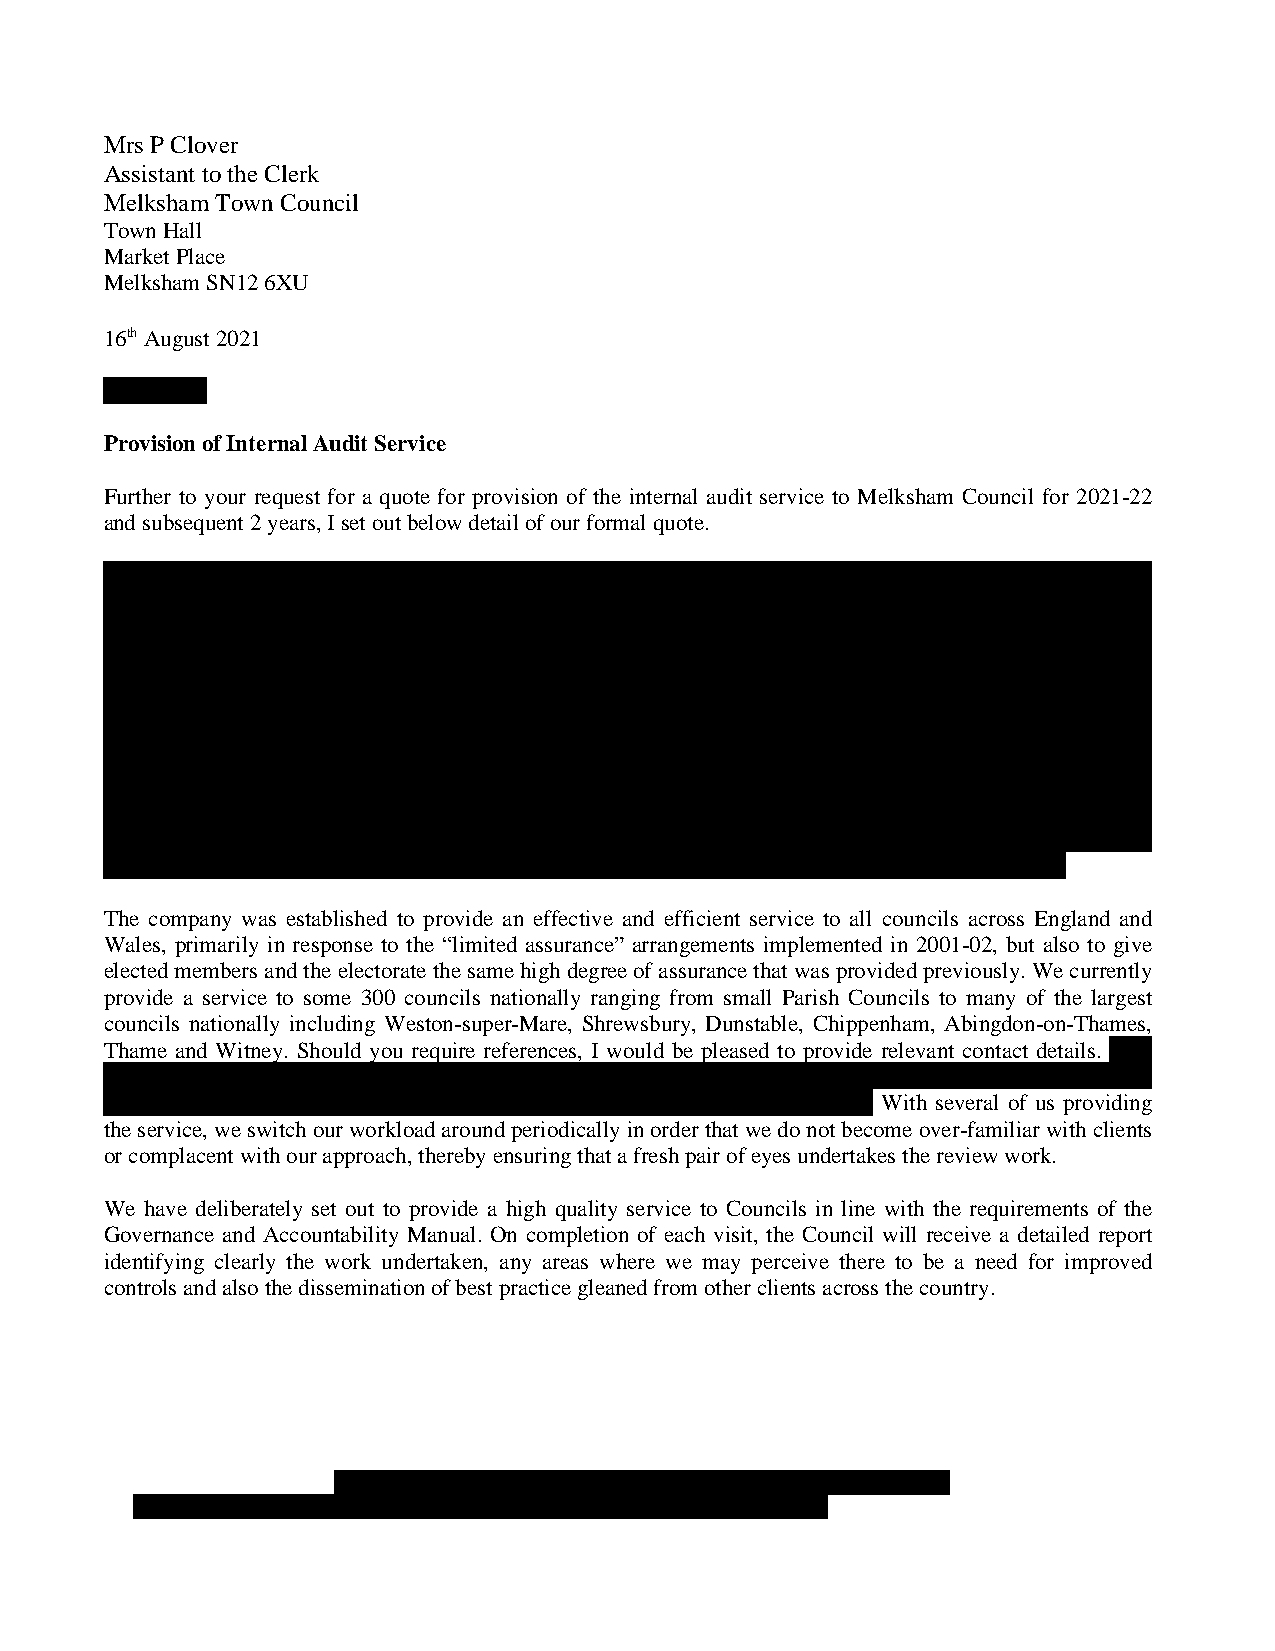
Mrs P Clover
 Assistant to the Clerk
 Melksham Town Council
 Town Hall
 Market Place
 Melksham SN12 6XU
 16th August 2021
 Dear Linda
 Provision of Internal Audit Service
 Further to your request for a quote for provision of the internal audit service to Melksham Council for 2021-22
 and subsequent 2 years, I set out below detail of our formal quote.
 By way of background information for your members, I am the owner of this company, which was established to
 meet the requirements of the revised audit arrangements. I have some 50 years’ experience in the audit of public
 sector bodies, the first 22 being spent on the external audit of National Health Service clients, apart from a three-
 year break as Chief Internal Auditor of the Hong Kong Urban Council in the mid-1970s. Following the NHS
 reforms in 1990, I worked for the District Audit Service as an Audit Manager with responsibility for both Local
 Government District Councils and NHS bodies in Wiltshire, including management responsibility for all the
 county’s parish and town councils prior to my leaving and establishing this company in 2002. I also employ a
 number of contractors to assist with the workload; details of their experience and qualifications may be found on
 our website, as below: most have worked with me over several years both in the present company or in
 connection with my previous employment positions, all having various levels of audit and accounting experience
 in a variety of public and private sector bodies. The availability of additional contractors also enables us to meet
 clients’ requirements and ensure continuity of service even where one of us may be suddenly indisposed.
 The company was established to provide an effective and efficient service to all councils across England and
 Wales, primarily in response to the “limited assurance” arrangements implemented in 2001-02, but also to give
 elected members and the electorate the same high degree of assurance that was provided previously. We currently
 provide a service to some 300 councils nationally ranging from small Parish Councils to many of the largest
 councils nationally including Weston-super-Mare, Shrewsbury, Dunstable, Chippenham, Abingdon-on-Thames,
 Thame and Witney. Should you require references, I would be pleased to provide relevant contact details. As a
 wholly independent company, it is self-evident that we remain distant from the Council’s working procedures and
 controls thereby ensuring the required degree of “independence” in our approach. With several of us providing
 the service, we switch our workload around periodically in order that we do not become over-familiar with clients
 or complacent with our approach, thereby ensuring that a fresh pair of eyes undertakes the review work.
 We have deliberately set out to provide a high quality service to Councils in line with the requirements of the
 Governance and Accountability Manual. On completion of each visit, the Council will receive a detailed report
 identifying clearly the work undertaken, any areas where we may perceive there to be a need for improved
 controls and also the dissemination of best practice gleaned from other clients across the country.
 Clackerbrook Farm, 46 The Common, Bromham, WILTSHIRE SN15 2JJ
 Tel: 01380 850588: E-mail anne@councilaudit,co,uk